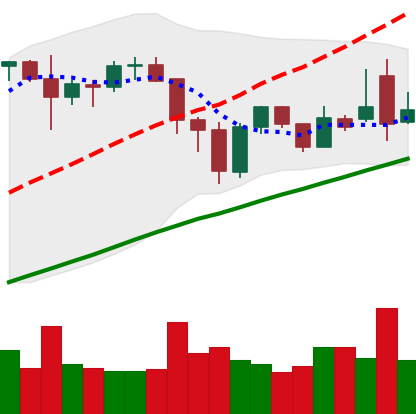
Ticker: BNB-USD
Chart end date: 2021-11-27
Forward return: 3.187%
Label: up_3_5